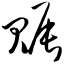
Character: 赈